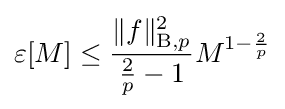
\varepsilon [M]\leq {\frac {\|f\|_{\mathrm {B} ,p}^{2}}{{\frac {2}{p}}-1}}M^{1-{\frac {2}{p}}}